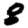
Digit: 8